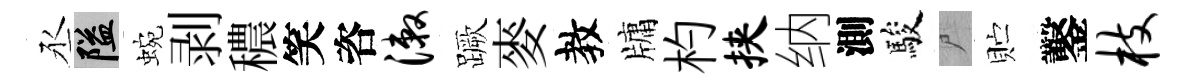
丞隘蜿剥穠笑咨漱蹶麥教牗杓挟纳測駿尸贮鑿枝